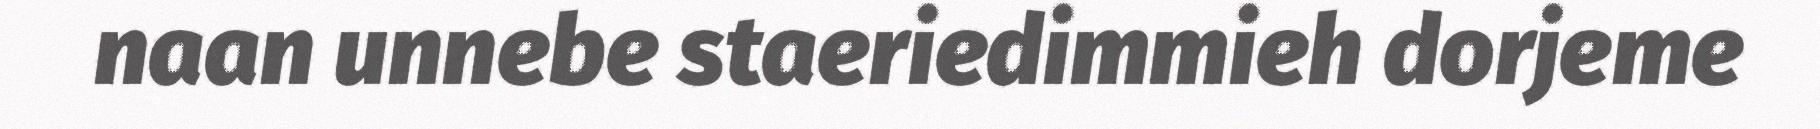
naan unnebe staeriedimmieh dorjeme